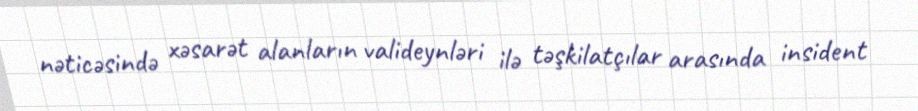
nəticəsində xəsarət alanların valideynləri ilə təşkilatçılar arasında insident